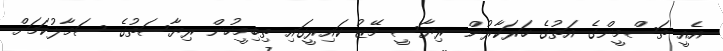
އެއީ ތަސްމީންގެ އަތުގެ ހަރަކާރުން ރިޔާސީ މޭޒު ކައިރީގައި ތިބިމީހުން ރިޔާސަތުގެ ސަމާލުކަމަށް